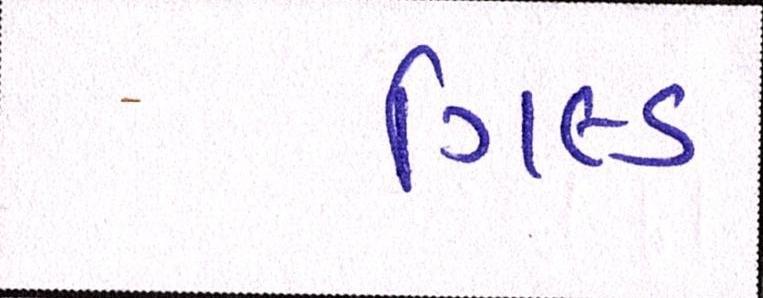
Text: ગિલ્ડ